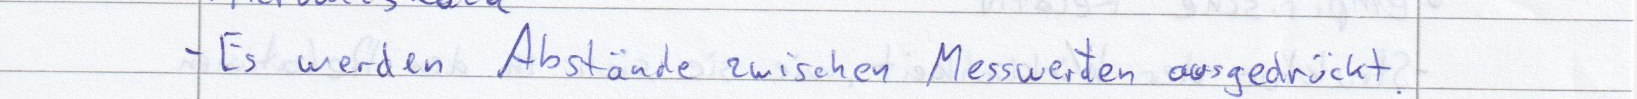
- Es werden Abstände zwischen Messwerten ausgedrückt